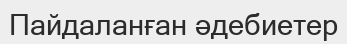
Пайдаланған әдебиетер